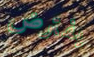
يفترض